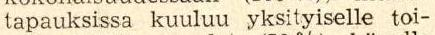
tapauksissa kuuluu yksityiselle toi-